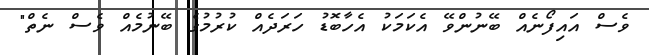
ވެސް އައިފޯނެއް ބޭނުންވޭ އެކަމަކު އެހާބޮޑު ހަރަދެއް ކުރުމުގެ ބޭނުމެއް ވެސް ނެތް"